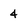
Character: 4